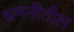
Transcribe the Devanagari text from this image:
धमनीतील